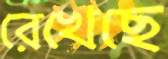
রেখেছে